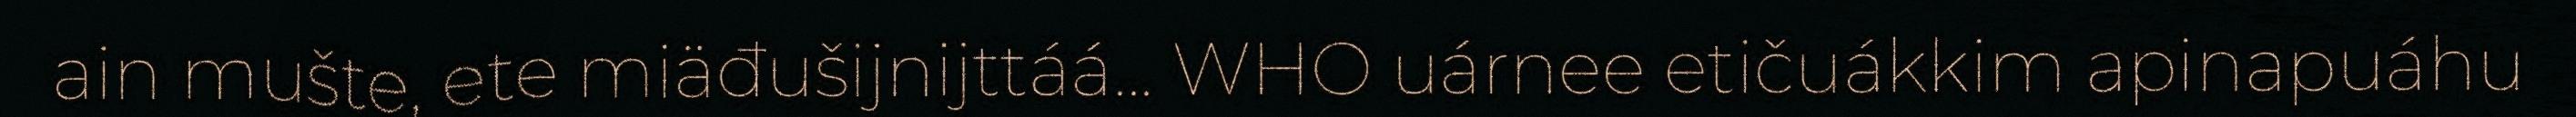
ain mušte, ete miäđušijnijttáá... WHO uárnee etičuákkim apinapuáhu